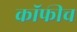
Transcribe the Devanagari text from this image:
कॉफीच